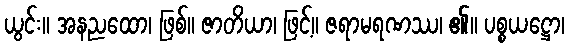
ယွင်း။ အနညထော၊ ဖြစ်။ ဇာတိယာ၊ ဖြင့်။ ဇရာမရဏဿ၊ ၏။ ပစ္စယဋ္ဌော၊